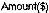
AMOUNT($)